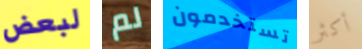
لبعض لم تستخدمون أكثر